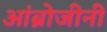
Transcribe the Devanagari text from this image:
आंब्रोजीनी